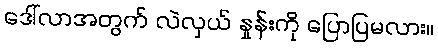
ဒေါ်လာအတွက် လဲလှယ် နှုန်းကို ပြောပြမလား။